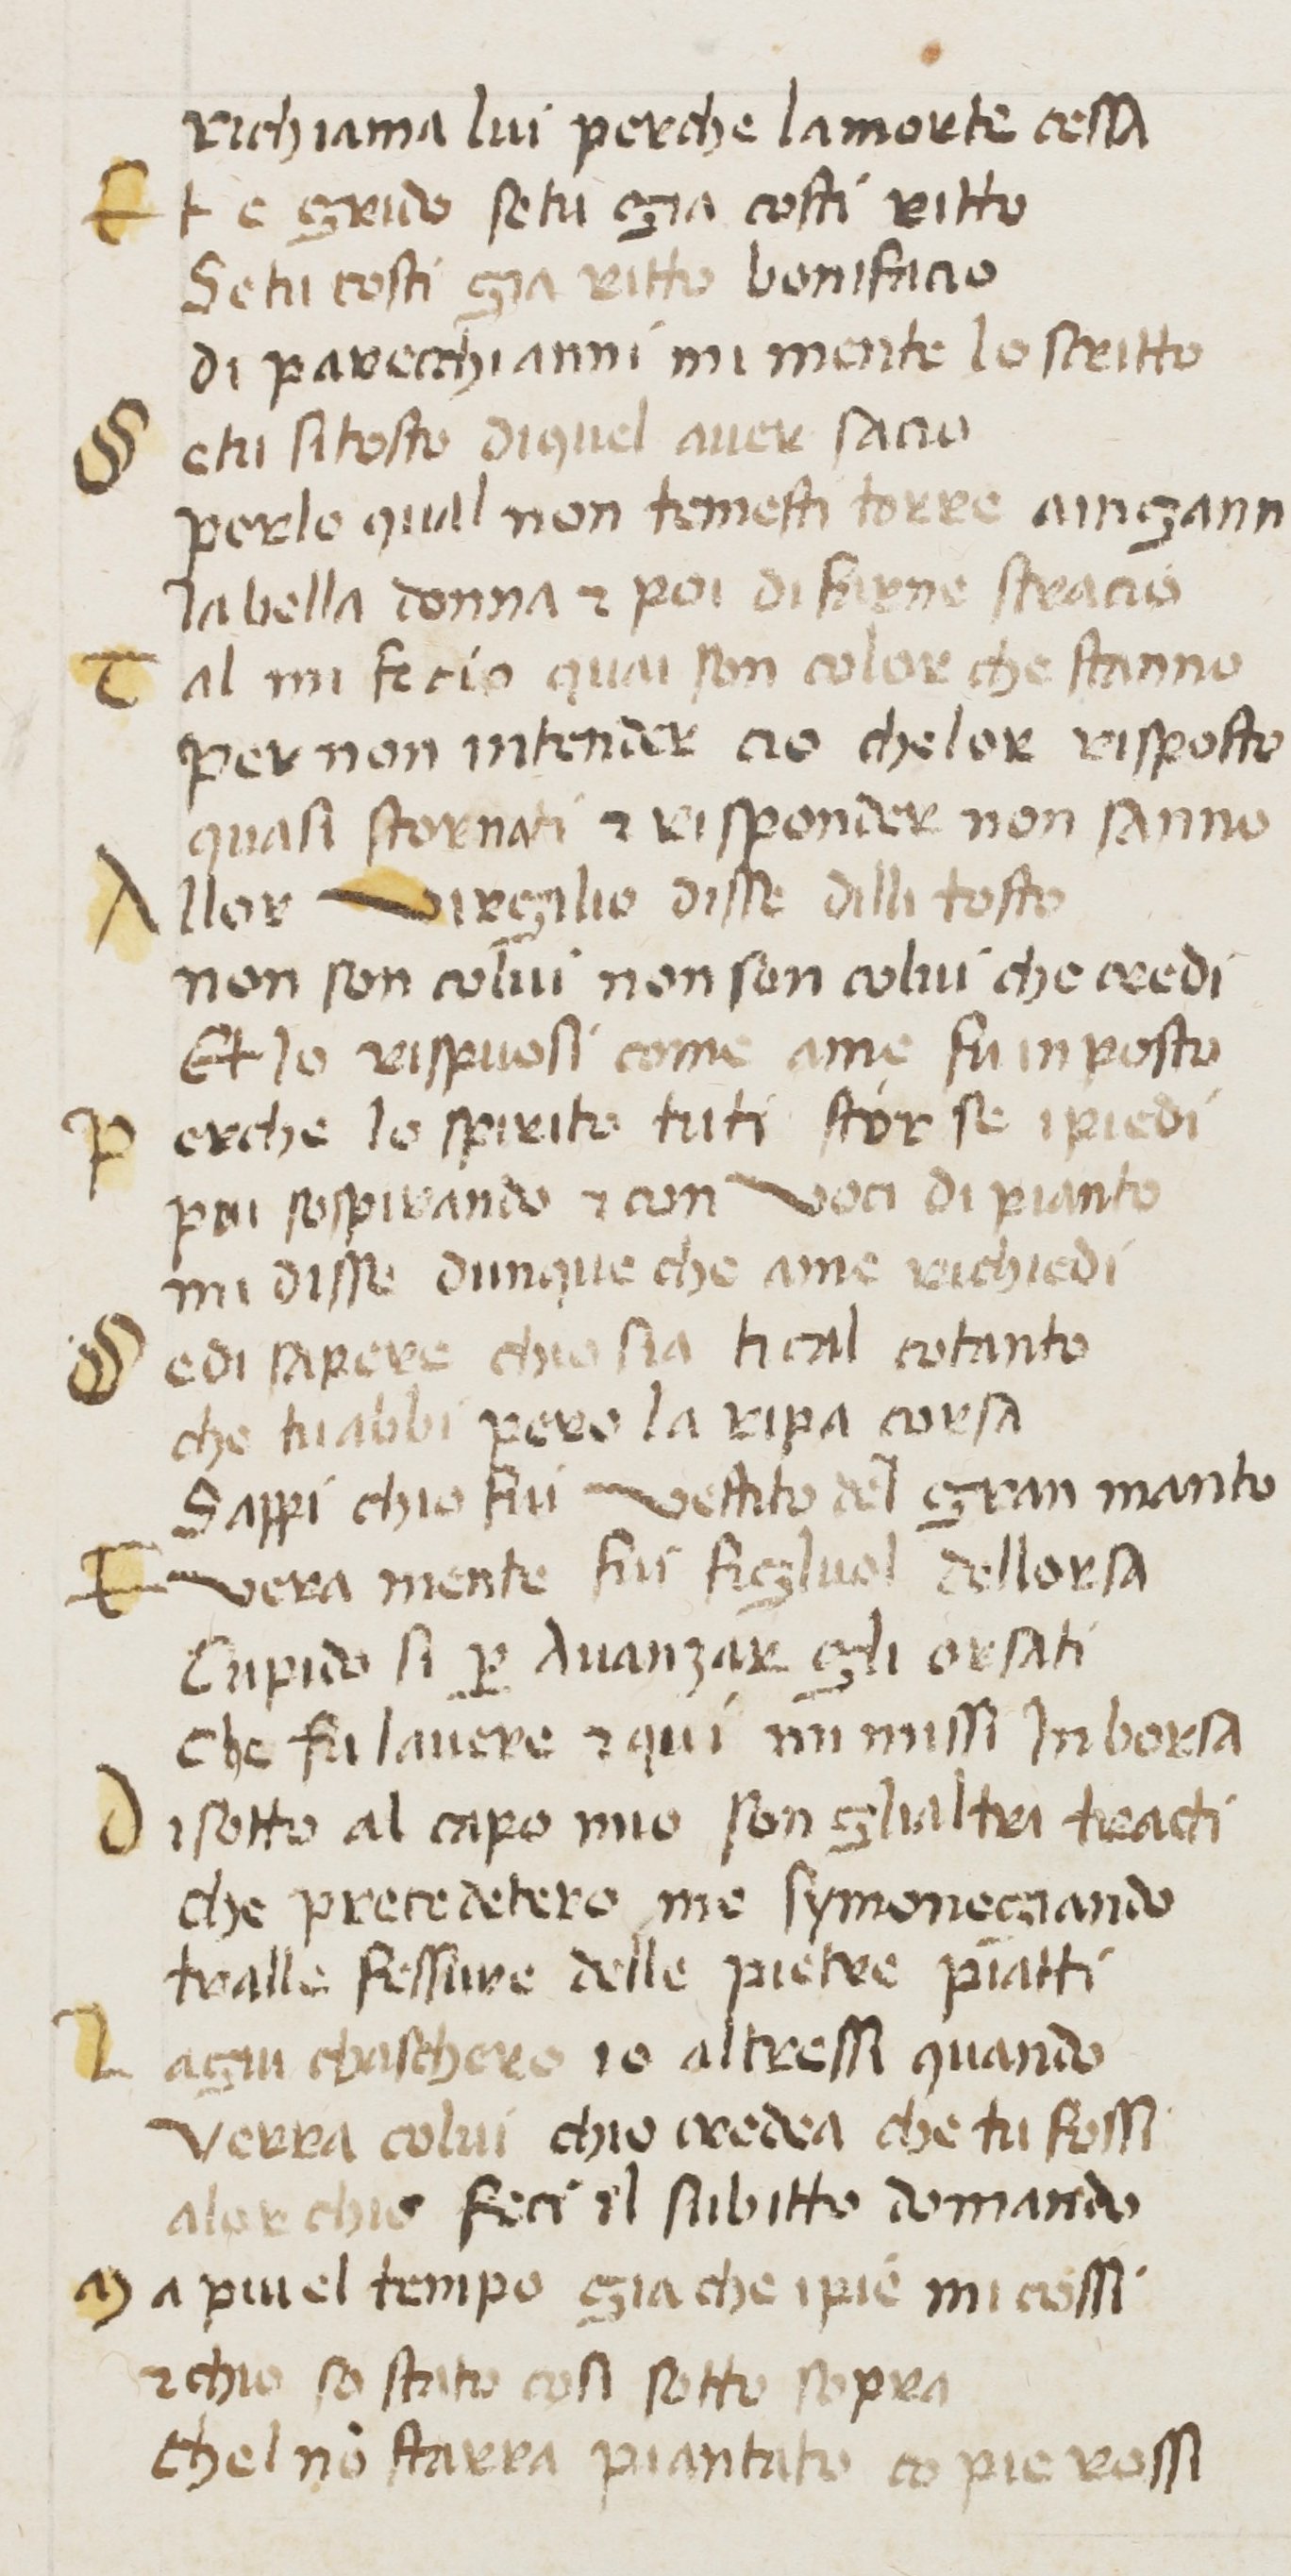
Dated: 1380–1399